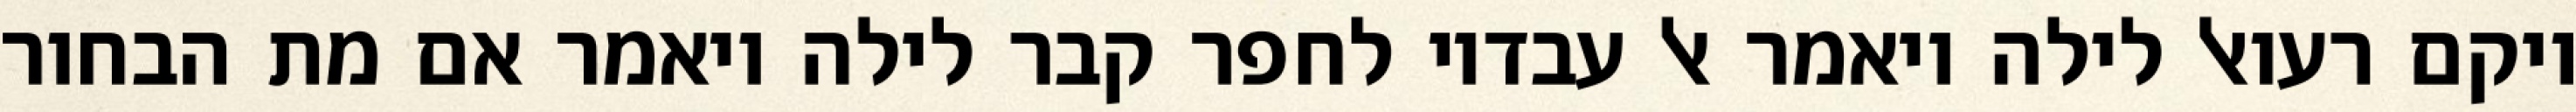
ויקם רעואל לילה ויאמר אל עבדיו לחפר קבר לילה ויאמר אם מת הבחור